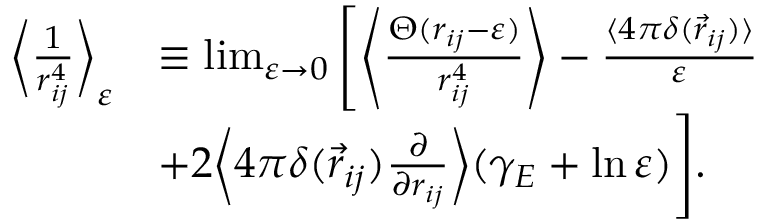
\begin{array} { r l } { \bigg \langle \frac { 1 } { r _ { i j } ^ { 4 } } \bigg \rangle _ { \varepsilon } } & { \equiv \operatorname* { l i m } _ { \varepsilon \rightarrow 0 } \Bigg [ \Bigg \langle \frac { \Theta ( r _ { i j } - \varepsilon ) } { r _ { i j } ^ { 4 } } \Bigg \rangle - \frac { \langle 4 \pi \delta ( \vec { r } _ { i j } ) \rangle } { \varepsilon } } \\ & { + 2 \bigg \langle 4 \pi \delta ( \vec { r } _ { i j } ) \frac { \partial } { \partial r _ { i j } } \bigg \rangle ( \gamma _ { E } + \ln \varepsilon ) \Bigg ] . } \end{array}